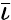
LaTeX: \bar{\iota}